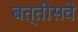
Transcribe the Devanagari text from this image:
बत्तीसवे